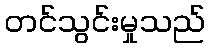
တင်သွင်းမှုသည်